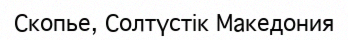
Скопье, Солтүстік Македония